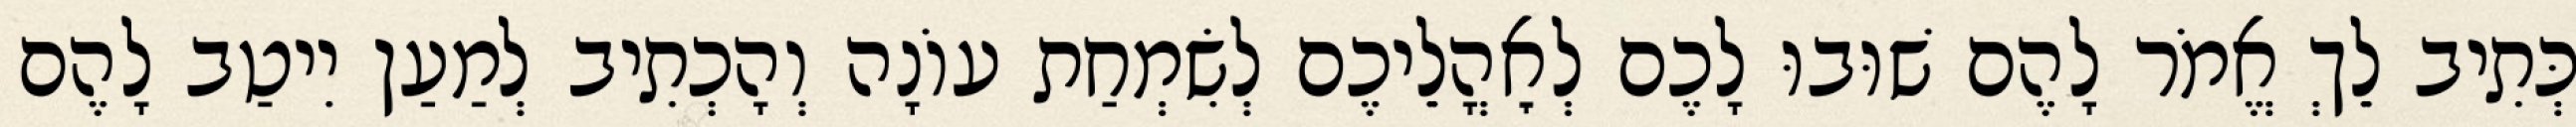
כְּתִיב לֵךְ אֱמֹר לָהֶם שׁוּבוּ לָכֶם לְאׇהֳלֵיכֶם לְשִׂמְחַת עוֹנָה וְהָכְתִיב לְמַעַן יִיטַב לָהֶם